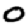
Digit: 0